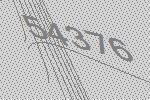
54376